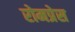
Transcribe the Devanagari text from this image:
रोमप्रेस